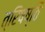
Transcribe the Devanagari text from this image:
त्रिषष्ठि